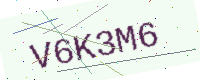
Text: V6K3M6